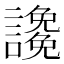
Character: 䜛